Annual report on the lock hospitals of the Madras Presidency
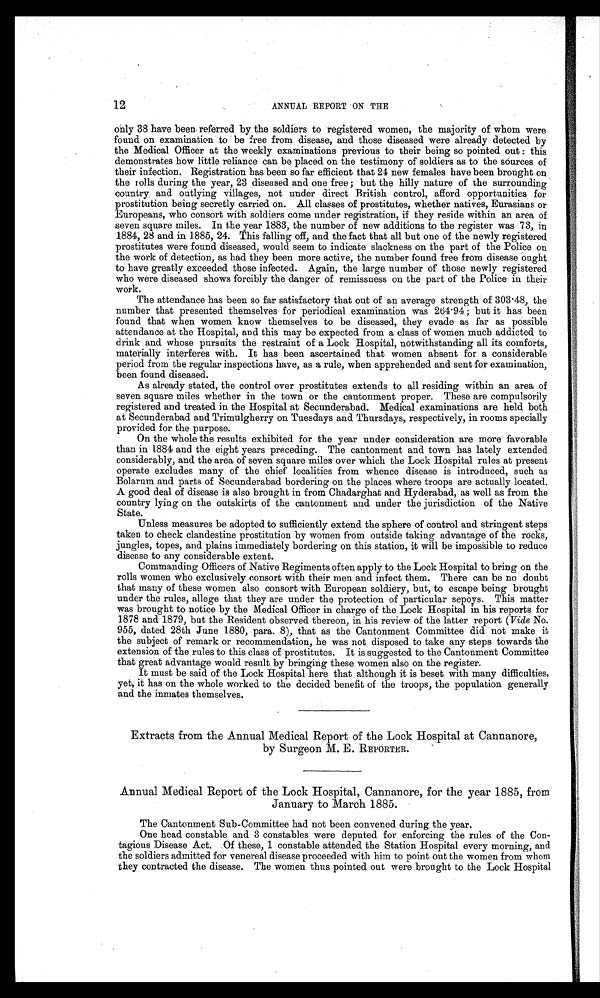
12
ANNUAL REPORT ON THE
only 38 have been referred by the soldiers to registered women, the majority of whom were
found on examination to be free from disease, and those diseased were already detected by
the Medical Officer at the weekly examinations previous to their being so pointed out : this
demonstrates how little reliance can be placed on the testimony of soldiers as to the sources of
their infection. Registration has been so far efficient that 24 new females have been brought on
the rolls during the year, 23 diseased and one free ; but the hilly nature of the surrounding
country and outlying villages, not under direct British control, afford opportunities for
prostitution being secretly carried on. All classes of prostitutes, whether natives, Eurasians or
Europeans, who consort with soldiers come under registration, if they reside within an area of
seven square miles. In the year 1883, the number of new additions to the register was 73, in
1884, 28 and in 1885, 24. This falling off, and the fact that all but one of the newly registered
prostitutes were found diseased, would seem to indicate slackness on the part of the Police on
the work of detection, as had they been more active, the number found free from disease ought
to have greatly exceeded those infected. Again, the large number of those newly registered
who were diseased shows forcibly the danger of remissness on the part of the Police in their
work.
The attendance has been so far satisfactory that out of an average strength of 303 . 48, the
number that presented themselves for periodical examination was 264 . 94 ; but it has been
found that when women know themselves to be diseased, they evade as far as possible
attendance at the Hospital, and this may be expected from a class of women much addicted to
drink and whose pursuits the restraint of a Lock Hospital, notwithstanding all its comforts,
materially interferes with. It has been ascertained that women absent for a considerable
period from the regular inspections have, as a rule, when apprehended and sent for examination,
been found diseased.
As already stated, the control over prostitutes extends to all residing within an area of
seven square miles whether in the town or the cantonment proper. These are compulsorily
registered and treated in the Hospital at Secunderabad. Medical examinations are held both
at Secunderabad and Trimulgherry on Tuesdays and Thursdays, respectively, in rooms specially
provided for the purpose.
On the whole the results exhibited for the year under consideration are more favorable
than in 1884 and the eight years preceding. The cantonment and town has lately extended
considerably, and the area of seven square miles over which the Lock Hospital rules at present
operate excludes many of the chief localities from whence disease is introduced, such as
Bolarum and parts of Secunderabad bordering on the places where troops are actually located.
A good deal of disease is also brought in from Chadarghat and Hyderabad, as well as from the
country lying on the outskirts of the cantonment and under the jurisdiction of the Native
State.
Unless measures be adopted to sufficiently extend the sphere of control and stringent steps
taken to check clandestine prostitution by women from outside taking advantage of the rocks,
jungles, topes, and plains immediately bordering on this station, it will be impossible to reduce
disease to any considerable extent.
Commanding Officers of Native Regiments often apply to the Lock Hospital to bring on the
rolls women who exclusively consort with their men and infect them. There can be no doubt
that many of these women also consort with European soldiery, but, to escape being brought
under the rules, allege that they are under the protection of particular sepoys. This matter
was brought to notice by the Medical Officer in charge of the Lock Hospital in his reports for
1878 and 1879, but the Resident observed thereon, in his review of the latter report (Vide No.
955, dated 28th June 1880, para. 8), that as the Cantonment Committee did not make it
the subject of remark or recommendation, he was not disposed to take any steps towards the
extension of the rules to this class of prostitutes. It is suggested to the Cantonment Committee
that great advantage would result by bringing these women also on the register.
It must be said of the Lock Hospital here that although it is beset with many difficulties,
yet, it has on the whole worked to the decided benefit of the troops, the population generally
and the inmates themselves.
Extracts from the Annual Medical Report of the Lock Hospital at Cannanore,
by Surgeon M. E. REPORTER.
Annual Medical Report of the Lock Hospital, Cannanore, for the year 1885, from
January to March 1885.
The Cantonment Sub-Committee had not been convened during the year.
One head constable and 3 constables were deputed for enforcing the rules of the Con-
tagious Disease Act. Of these, 1 constable attended the Station Hospital every morning, and
the soldiers admitted for venereal disease proceeded with him to point out the women from whom
they contracted the disease. The women thus pointed out were brought to the Lock Hospital